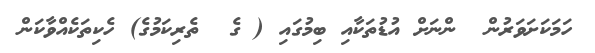
ހަމަކަށަވަރުން  ންނަށް އުޑުތަކާއި ބިމުގައި ( ގެ  ތެރިކަމުގެ) ހެކިތަކެއްވާކަން